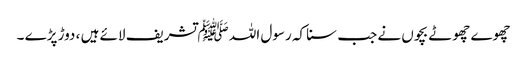
چھوے چھوٹے بچوں نے جب سنا کہ رسول اللہ ﷺ تشریف لائے ہیں ، دوڑ پڑے ۔